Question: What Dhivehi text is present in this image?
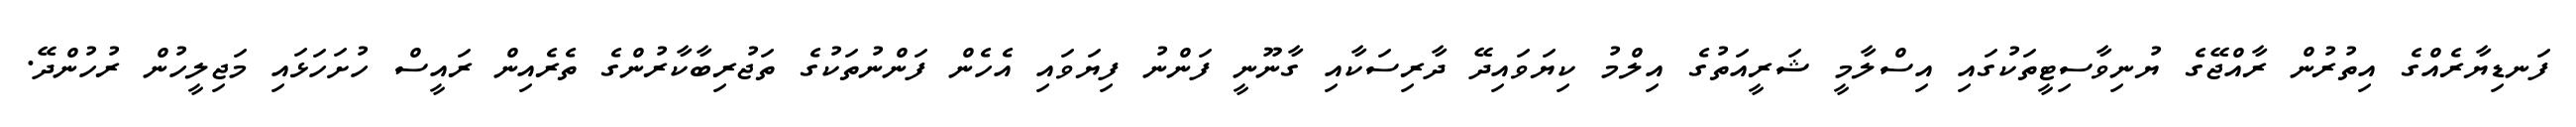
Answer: ފަނޑިޔާރެއްގެ އިތުރުން ރާއްޖޭގެ ޔުނިވާސިޓީތަކުގައި އިސްލާމީ ޝަރީއަތުގެ އިލްމު ކިޔަވައިދޭ ދާރިސަކާއި ގާނޫނީ ފަންނު ފިޔަވައި އެހެން ފަންނުތަކުގެ ތަޖުރިބާކާރުންގެ ތެރެއިން ރައީސް ހުށަހަޅައި މަޖިލީހުން ރުހުންދޭ.